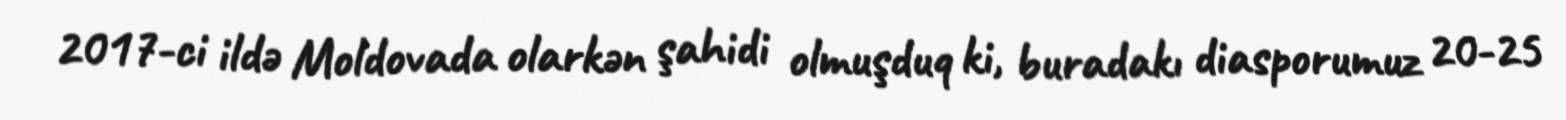
2017-ci ildə Moldovada olarkən şahidi olmuşduq ki, buradakı diasporumuz 20-25